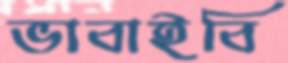
ভাবাইবি